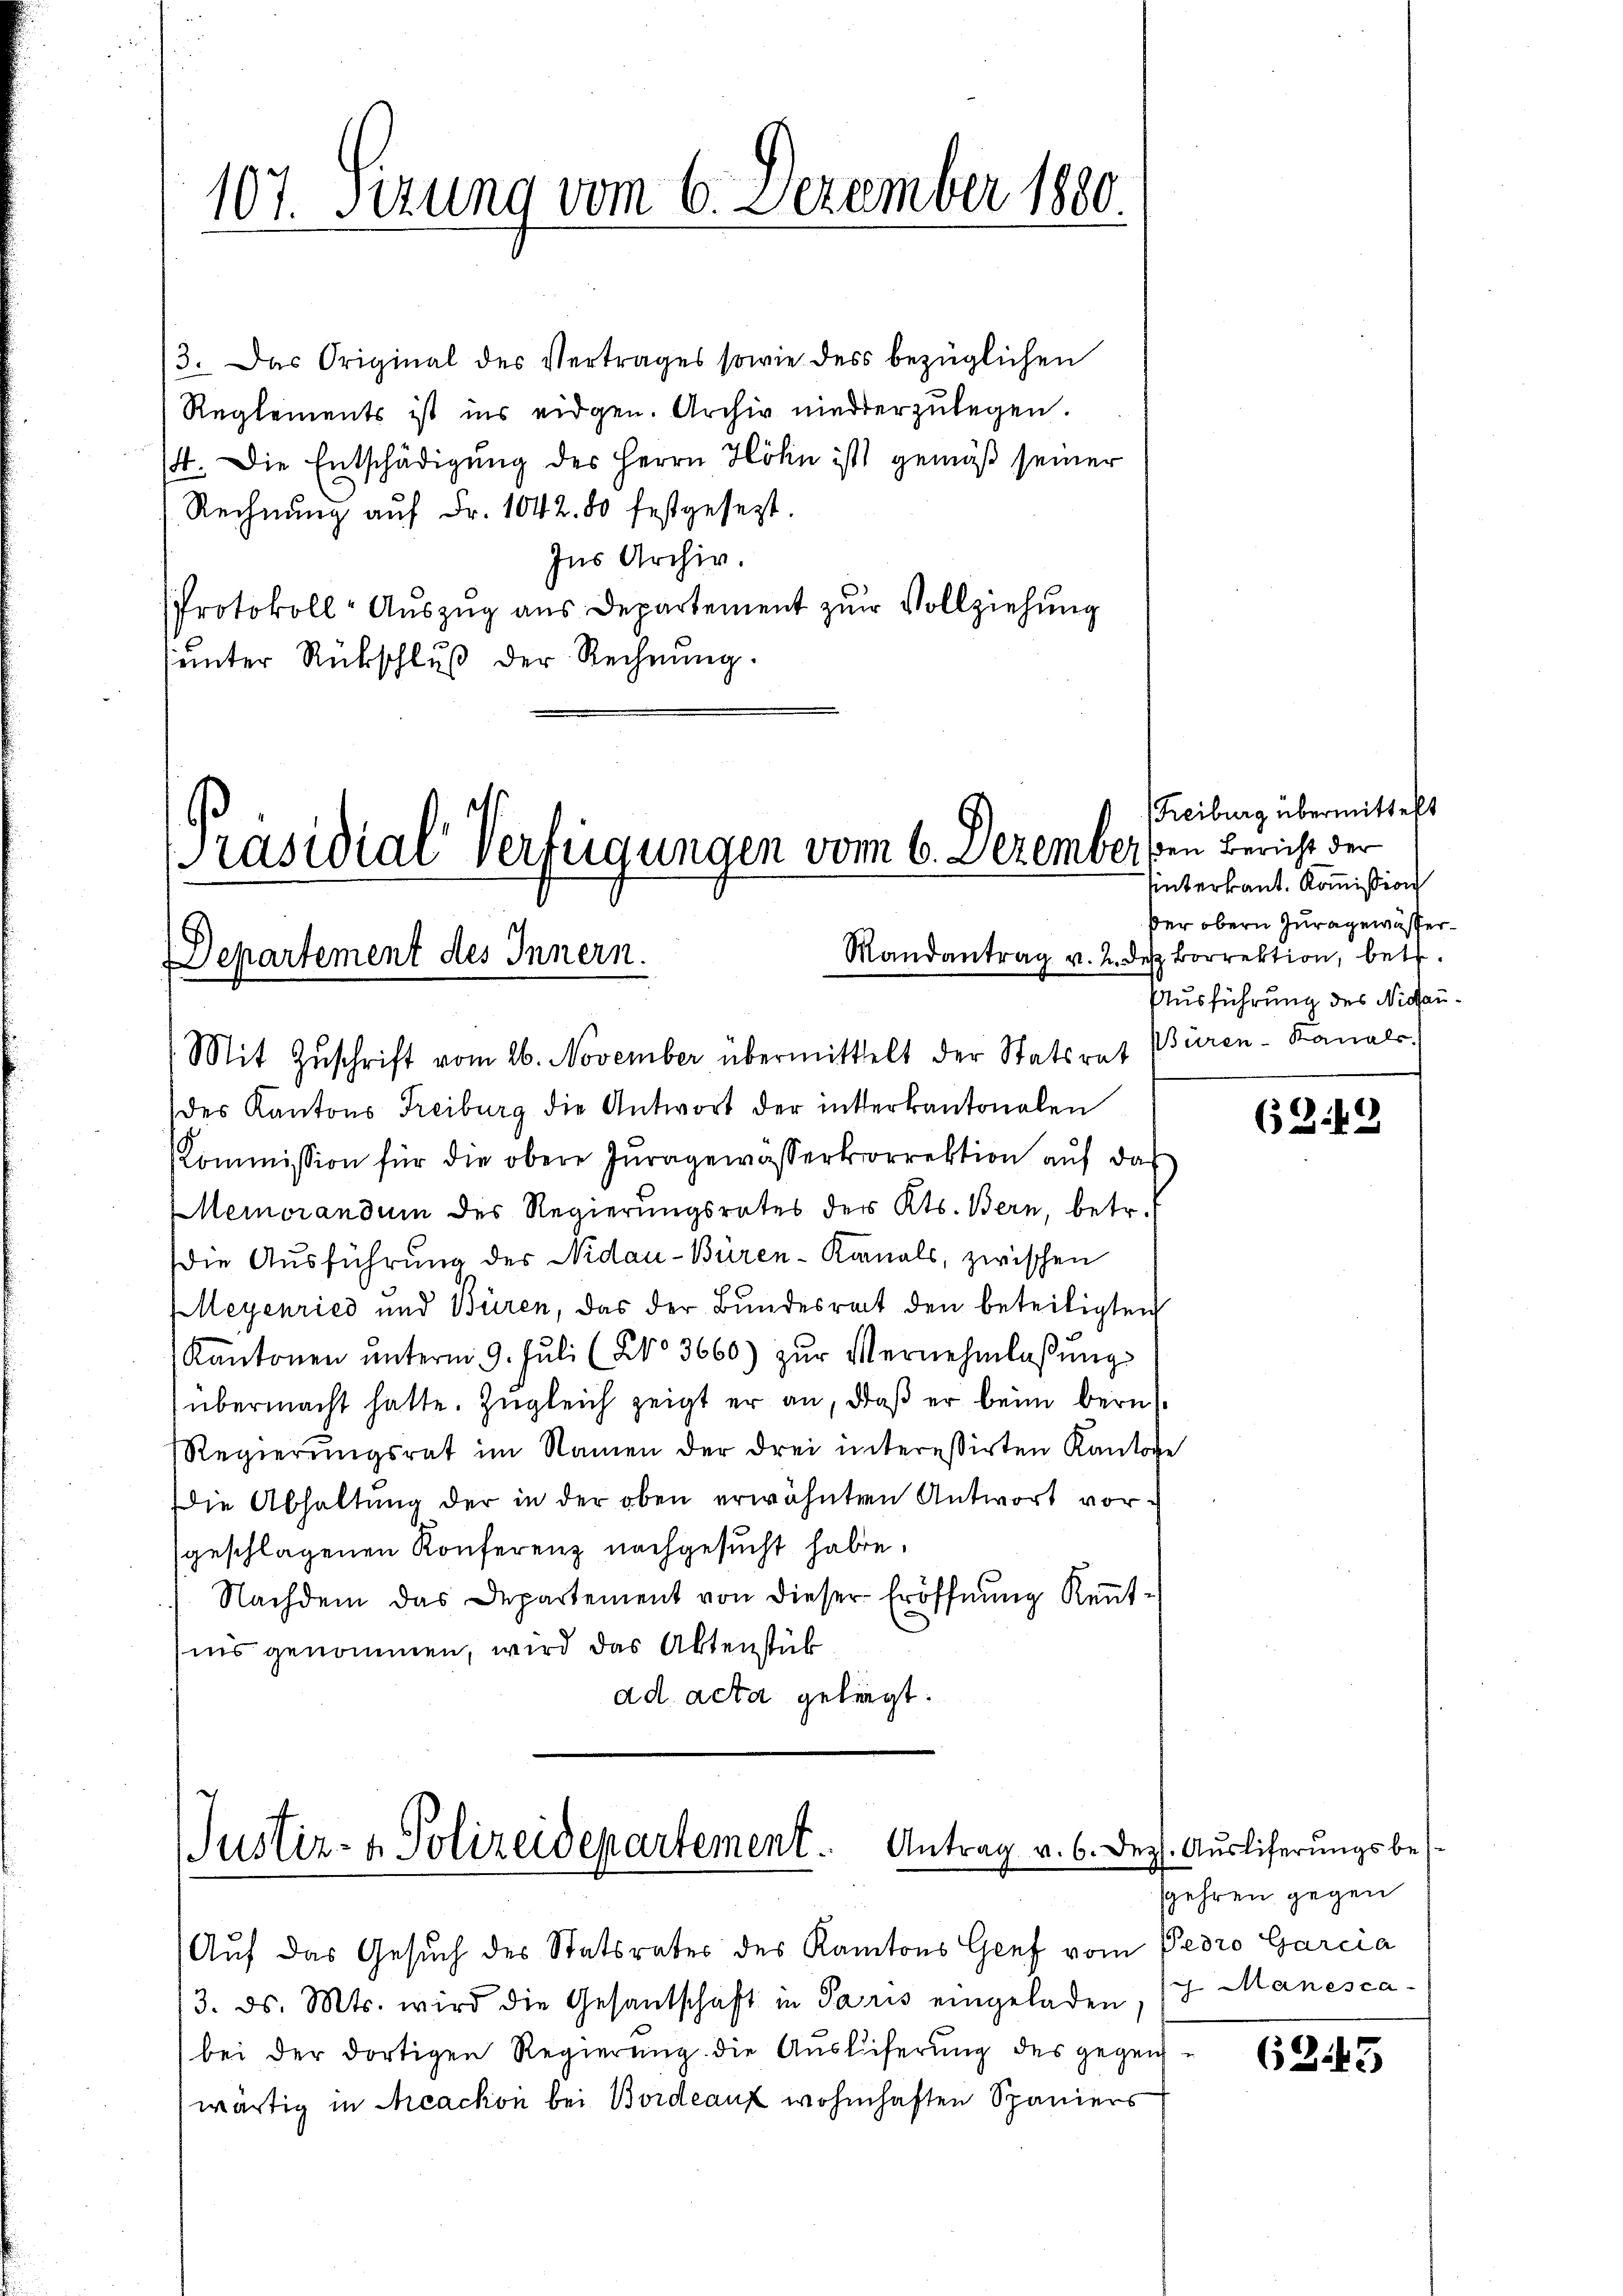
107. Sizung vom 6. Dezember 1880

3. Das Original des Vertrages sowie des bezüglichen
Reglements ist ins eidgen. Archiv niederzulegen.
4. Die Entschädigung des Herrn Höhn ist gemäß seiner
Rechnŭng aŭf Fr. 1042. 80 festgesezt.
Ins Archiv.
PProtokoll- Aŭszŭg aŭs Departement zŭr Vollziehŭng
unter Rückschluß der Rechnung.

Mandantrag v. 2. des Borrektion, betr.
Departement des Innern.
Mit Zŭschrift vom 26. November übermittelt der Statsrat Büren-Kanals

[Präsidial Verfügungen vom 6. Dezember den Bericht der

des Kantons Freiburg die Antwort der interkantonalen
Kommission für die obere Juragewasserkorrektion auf das
Memorandum des Regierungsrates des Kts. Bern, betr.
die Ausführung des Nidau-Büren-Kanals, zwischen
Meyenried und Büren, das der Bŭndesrat den beteiligten
Kantonen ŭnterm 9. Jŭli (§ 3660) zŭr Vernehmlassŭng
übermacht hatte. Zugleich zeigt er an, daß er beim bern
Regierungsrat im Namen der drei interessirten Kantone
Die Abhaltung der in der oben erwähnten Antwort vorgeschlagenen Konferenz nachgesucht haben.
Nachdem das Departement von dieser Eröffnŭng Keṅt-
iis genommen, wird das Aktenstük
ad acta gelegt.

Justiz- & Polizeidepartement. Antrag v. 6. Dez. Ausliferungsbe¬
Auf das Gesuch des Statsrates des Kantons Genf vom Pero Garcia

/3. ds. Mts. wird die Gesantschaft in Paris eingeladen, 17. Manescabei der dortigen Regierŭng die Aŭsliferŭng des gegen
wärtig in Machon bei Bordeauz wohnhaften Spaniers

Freiburg übermittelt
unterkant. Koṁission
der obern Zuragewässer¬
Ausführung des Nidau¬

(249

gehren gegen

(345